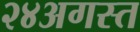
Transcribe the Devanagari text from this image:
२४अगस्त